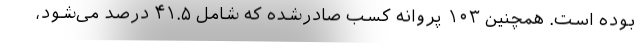
بوده است. همچنین ۱۰۳ پروانه‌ کسب صادرشده که شامل ۴۱.۵ درصد می‌شود،